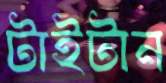
টাইটান